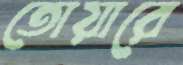
তোয়ারে